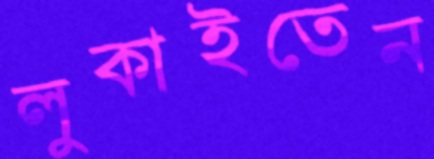
লুকাইতেন